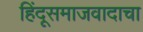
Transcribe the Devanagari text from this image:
हिंदूसमाजवादाचा